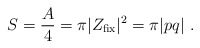
\begin{align*}S = {A\over 4} = \pi |Z_{\rm fix}|^2 = \pi|pq| \ .\end{align*}